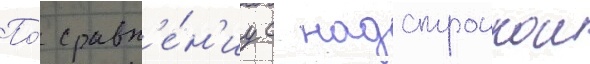
По́ сравн'е́н'иу с надстроикои